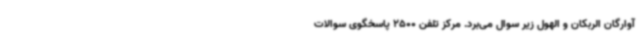
آوارگان الربکان و الهول زیر سوال می‌برد. مرکز تلفن 2500 پاسخگوی سوالات